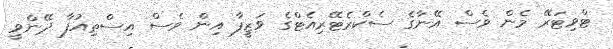
ޓްވިޓަރޭ މެން ވެސް އޭނާގެ ސެކްރެޓޭރިއެޓްގެ ވަޒީފާ އިން ވެސް އިސްތިއުފާ ދޭންވީ